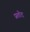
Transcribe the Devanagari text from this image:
प्रतोद